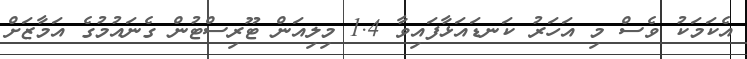
އެކަމަކު ވެސް މި އަހަރު ކަނޑައަޅާފައިވާ 1.4 މިލިއަން ޓޫރިސްޓުން ގެނައުމުގެ އަމާޒަށް